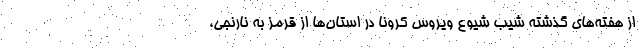
از هفته‌های گذشته شیب شیوع ویروس کرونا در استان‌ها از قرمز به نارنجی،